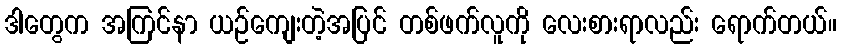
ဒါတွေက အကြင်နာ ယဉ်ကျေးတဲ့အပြင် တစ်ဖက်လူကို လေးစားရာလည်း ရောက်တယ်။